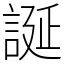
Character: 誕